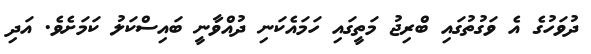
ދުވަހުގެ އެ ވަގުތުގައި ބްރިޖު މަތީގައި ހަމައެކަނި ދުއްވާނީ ބައިސްކަލު ކަމަށެވެ. އަދި